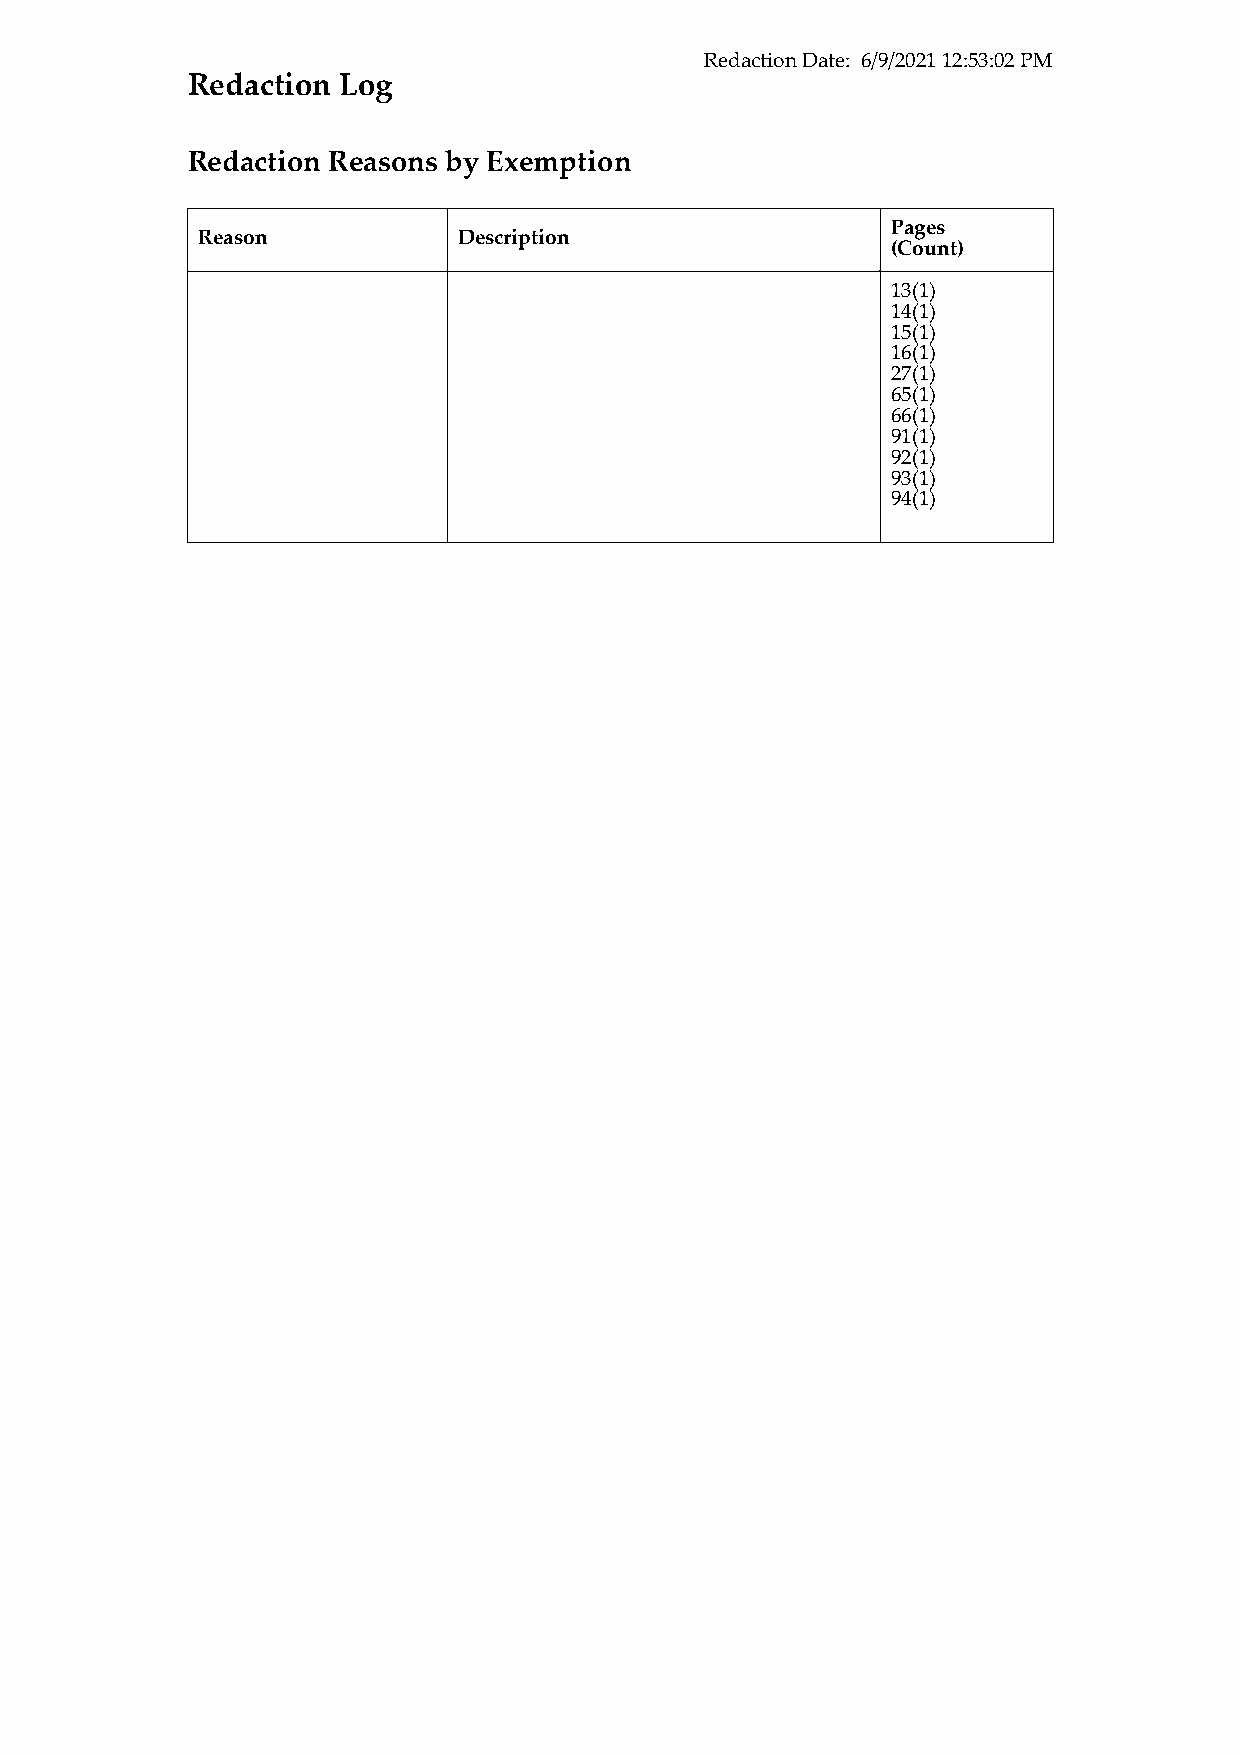
Redaction Date: 6/9/2021 12:53:02 PM
 Redaction Log
 Redaction Reasons by Exemption
 Pages
 Reason           Description
 (Count)
 13(1)
 14(1)
 15(1)
 16(1)
 27(1)
 65(1)
 66(1)
 91(1)
 92(1)
 93(1)
 94(1)